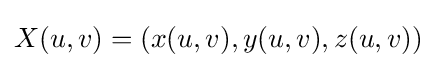
X(u,v)=(x(u,v),y(u,v),z(u,v))